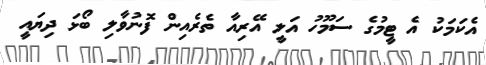
އެކަމަކު އެ ޓީމުގެ ސަމޫހު އަލީ އޭރިއާ ތެރެއިން ފޮނުވާލި ބޯޅަ ދިޔައީ